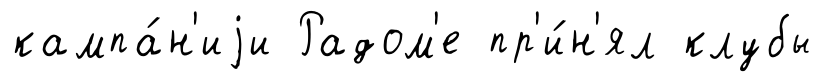
кампа́н'иjи Радом'е пр'и́н'ял клубы